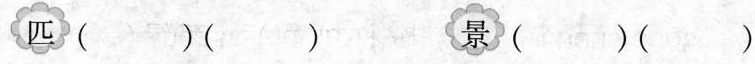
匹( )（ ） 景( )（ ）